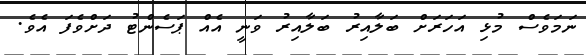
ނަމަވެސް މުޅި އަހަރަށް ބަލާއިރު ބަލާއިރު ވަނީ އެއް ޕަސެންޓު ދަށްވެފަ އެވެ.